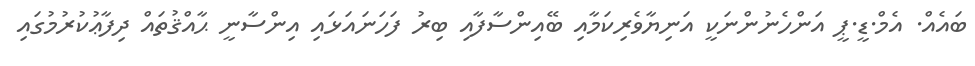
ބައެއް. އެމް.ޑީ.ޕީ އަންހެނުންނަކީ އަނިޔާވެރިކަމާއި ބޭއިންސާފާއި ބިރު ފަހަނައަޅައި އިންސާނީ ޙާއްޤުތައް ދިފާޢުކުރުމުގައި